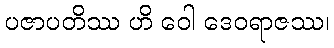
ပဇာပတိဿ ဟိ ဝေါ ဒေဝရာဇဿ၊